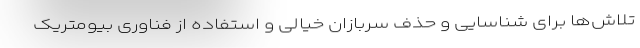
تلاش‌ها برای شناسایی و حذف سربازان خیالی و استفاده از فناوری بیومتریک